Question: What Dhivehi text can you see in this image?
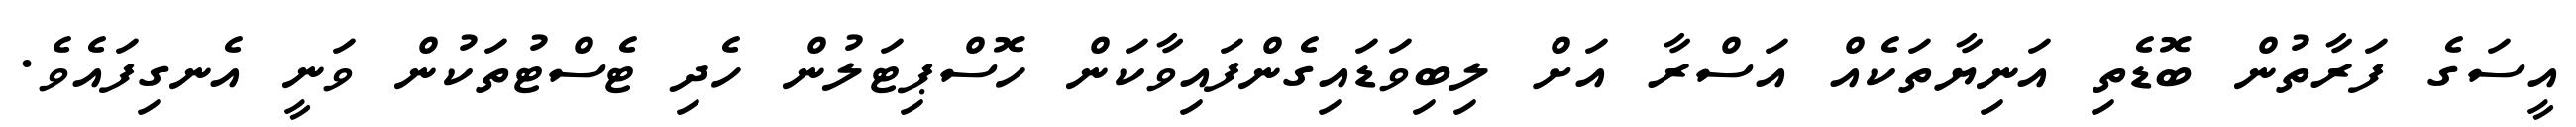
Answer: އީސަގެ ފަރާތުން ބޮޑެތި އަނިޔާތަކެއް އަސްރާ އަށް ލިބިވަޑައިގެންފައިވާކަން ހޮސްޕިޓަލުން ހެދި ޓެސްޓުތަކުން ވަނީ އެނގިފައެވެ.